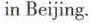
inBeijing